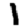
Digit: 1